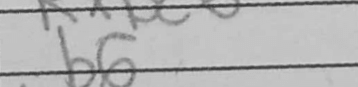
Transcription: b6